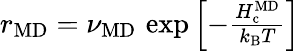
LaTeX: \begin{array}{r}{r_{\mathrm{MD}}=\nu_{\mathrm{MD}}\, \exp\left[-\frac{H_{\mathrm{c}}^{\mathrm{MD}}}{k_{\mathrm{B}}T}\right]}\end{array}